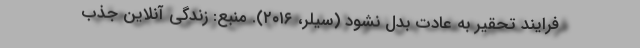
فرایند تحقیر به عادت بدل نشود (سیلر، ۲۰۱۶). منبع: زندگی آنلاین جذب